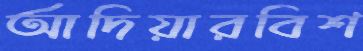
আদিয়ারবিশ